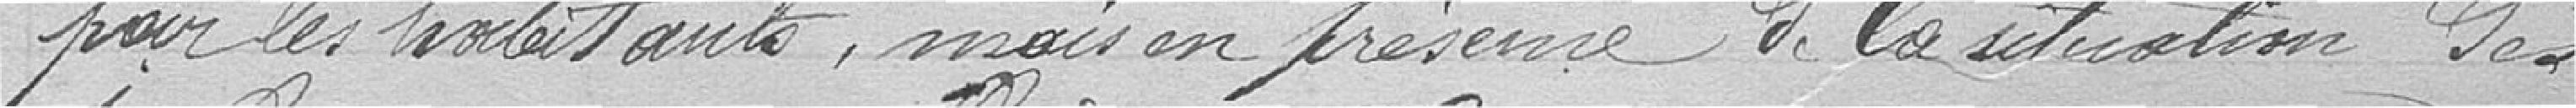
par les habitants, mais en présence de la situationndes